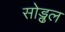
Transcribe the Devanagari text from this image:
सोड्ढल